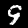
Digit: 9